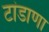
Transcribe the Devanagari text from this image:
टांडाणा